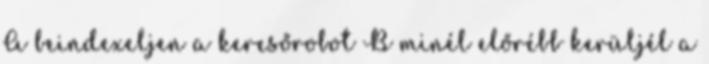
A beindexeljen a keresőrobot B minél előrébb kerüljél a